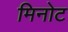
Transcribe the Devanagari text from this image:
मिनोट